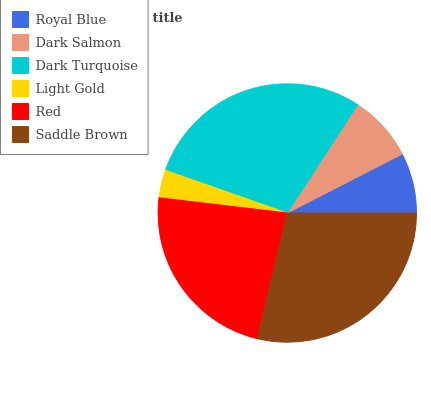
| Royal Blue | Dark Salmon | Dark Turquoise | Light Gold | Red | Saddle Brown |
 | --- | --- | --- | --- | --- | --- |
 | 7.54% | 8.29% | 28.8% | 3.49% | 23.1% | 28.8% |